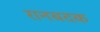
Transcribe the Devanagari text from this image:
रानबदक